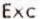
EXC